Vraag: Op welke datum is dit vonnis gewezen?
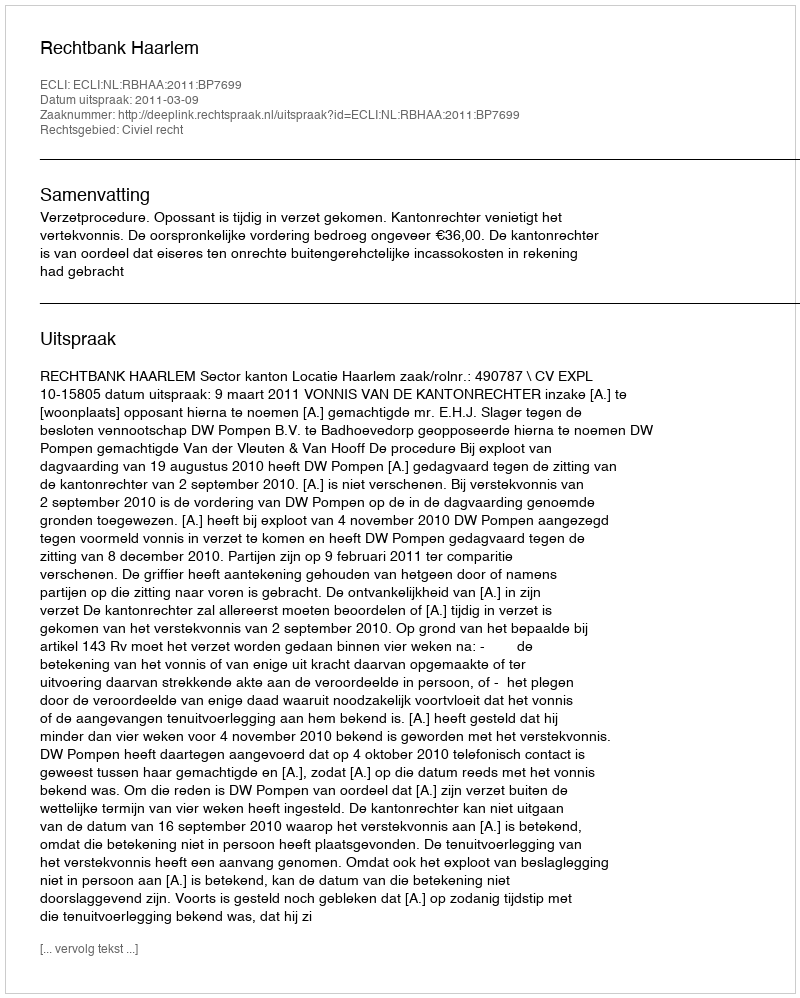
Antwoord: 2011-03-09